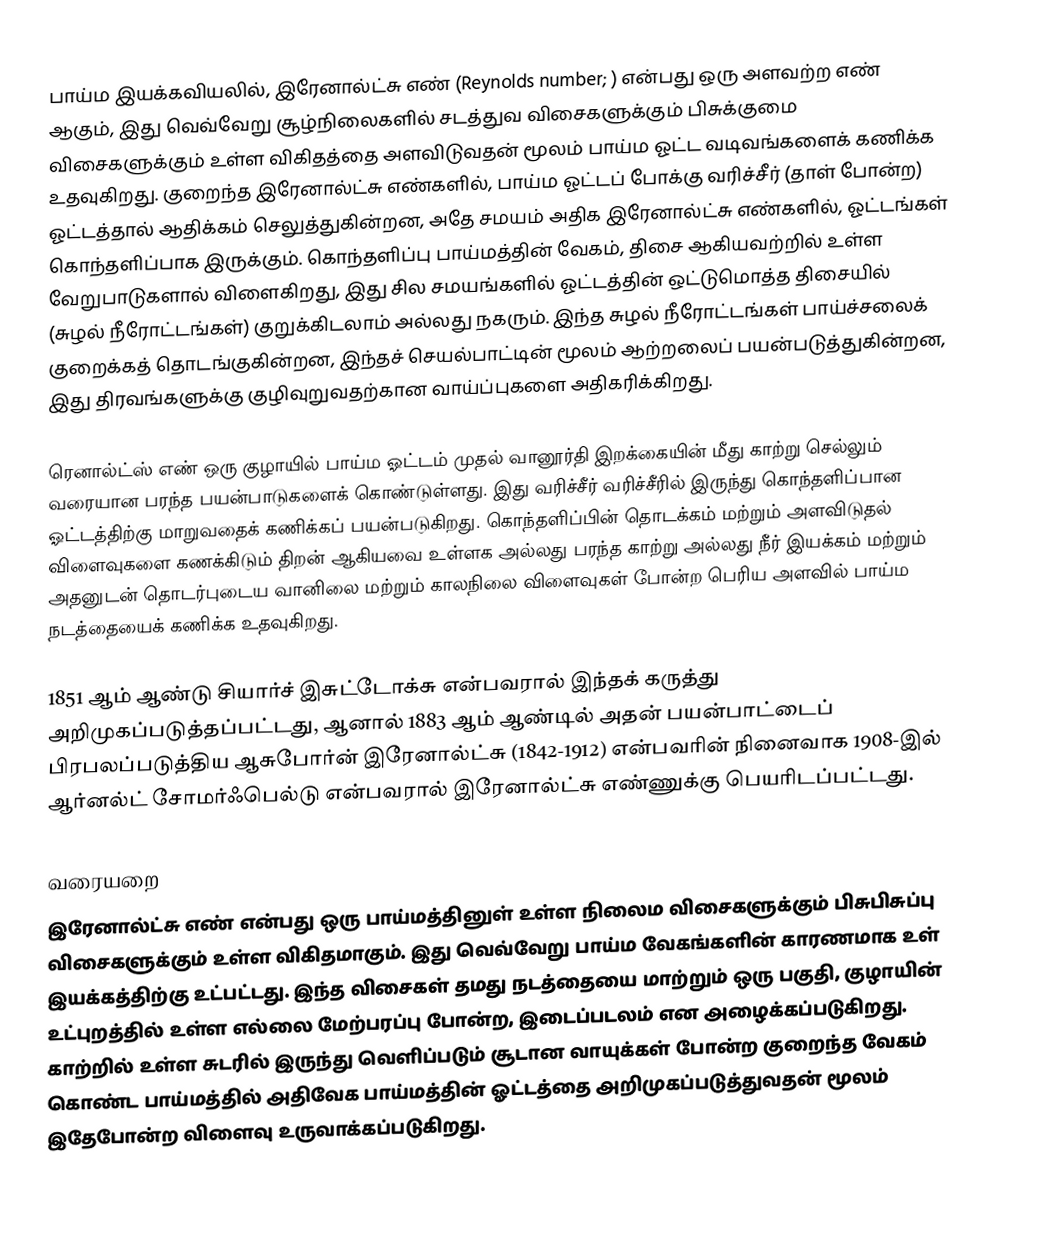
பாய்ம இயக்கவியலில், இரேனால்ட்சு எண் (Reynolds number; ) என்பது ஒரு அளவற்ற எண் ஆகும், இது வெவ்வேறு சூழ்நிலைகளில் சடத்துவ விசைகளுக்கும் பிசுக்குமை விசைகளுக்கும் உள்ள விகிதத்தை அளவிடுவதன் மூலம் பாய்ம ஓட்ட வடிவங்களைக் கணிக்க உதவுகிறது. குறைந்த இரேனால்ட்சு எண்களில், பாய்ம ஓட்டப் போக்கு வரிச்சீர் (தாள் போன்ற) ஓட்டத்தால் ஆதிக்கம் செலுத்துகின்றன, அதே சமயம் அதிக இரேனால்ட்சு எண்களில், ஓட்டங்கள் கொந்தளிப்பாக இருக்கும். கொந்தளிப்பு பாய்மத்தின் வேகம், திசை ஆகியவற்றில் உள்ள வேறுபாடுகளால் விளைகிறது, இது சில சமயங்களில் ஓட்டத்தின் ஒட்டுமொத்த திசையில் (சுழல் நீரோட்டங்கள்) குறுக்கிடலாம் அல்லது நகரும். இந்த சுழல் நீரோட்டங்கள் பாய்ச்சலைக் குறைக்கத் தொடங்குகின்றன, இந்தச் செயல்பாட்டின் மூலம் ஆற்றலைப் பயன்படுத்துகின்றன, இது திரவங்களுக்கு குழிவுறுவதற்கான வாய்ப்புகளை அதிகரிக்கிறது.

ரெனால்ட்ஸ் எண் ஒரு குழாயில் பாய்ம ஓட்டம் முதல் வானூர்தி இறக்கையின் மீது காற்று செல்லும் வரையான பரந்த பயன்பாடுகளைக் கொண்டுள்ளது. இது வரிச்சீர் வரிச்சீரில் இருந்து கொந்தளிப்பான ஓட்டத்திற்கு மாறுவதைக் கணிக்கப் பயன்படுகிறது. கொந்தளிப்பின் தொடக்கம் மற்றும் அளவிடுதல் விளைவுகளை கணக்கிடும் திறன் ஆகியவை உள்ளக அல்லது பரந்த காற்று அல்லது நீர் இயக்கம் மற்றும் அதனுடன் தொடர்புடைய வானிலை மற்றும் காலநிலை விளைவுகள் போன்ற பெரிய அளவில் பாய்ம நடத்தையைக் கணிக்க உதவுகிறது.

1851 ஆம் ஆண்டு சியார்ச் இசுட்டோக்சு என்பவரால் இந்தக் கருத்து அறிமுகப்படுத்தப்பட்டது, ஆனால் 1883 ஆம் ஆண்டில் அதன் பயன்பாட்டைப் பிரபலப்படுத்திய ஆசுபோர்ன் இரேனால்ட்சு (1842-1912) என்பவரின் நினைவாக 1908-இல் ஆர்னல்ட் சோமர்ஃபெல்டு என்பவரால் இரேனால்ட்சு எண்ணுக்கு பெயரிடப்பட்டது.

வரையறை
இரேனால்ட்சு எண் என்பது ஒரு பாய்மத்தினுள் உள்ள நிலைம விசைகளுக்கும் பிசுபிசுப்பு விசைகளுக்கும் உள்ள விகிதமாகும். இது வெவ்வேறு பாய்ம வேகங்களின் காரணமாக உள் இயக்கத்திற்கு உட்பட்டது. இந்த விசைகள் தமது நடத்தையை மாற்றும் ஒரு பகுதி, குழாயின் உட்புறத்தில் உள்ள எல்லை மேற்பரப்பு போன்ற, இடைப்படலம் என அழைக்கப்படுகிறது. காற்றில் உள்ள சுடரில் இருந்து வெளிப்படும் சூடான வாயுக்கள் போன்ற குறைந்த வேகம் கொண்ட பாய்மத்தில் அதிவேக பாய்மத்தின் ஓட்டத்தை அறிமுகப்படுத்துவதன் மூலம் இதேபோன்ற விளைவு உருவாக்கப்படுகிறது.